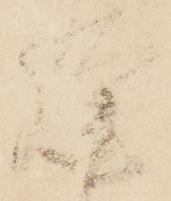
謹